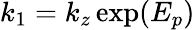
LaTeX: k_{1}=k_{z}\exp(E_{p})